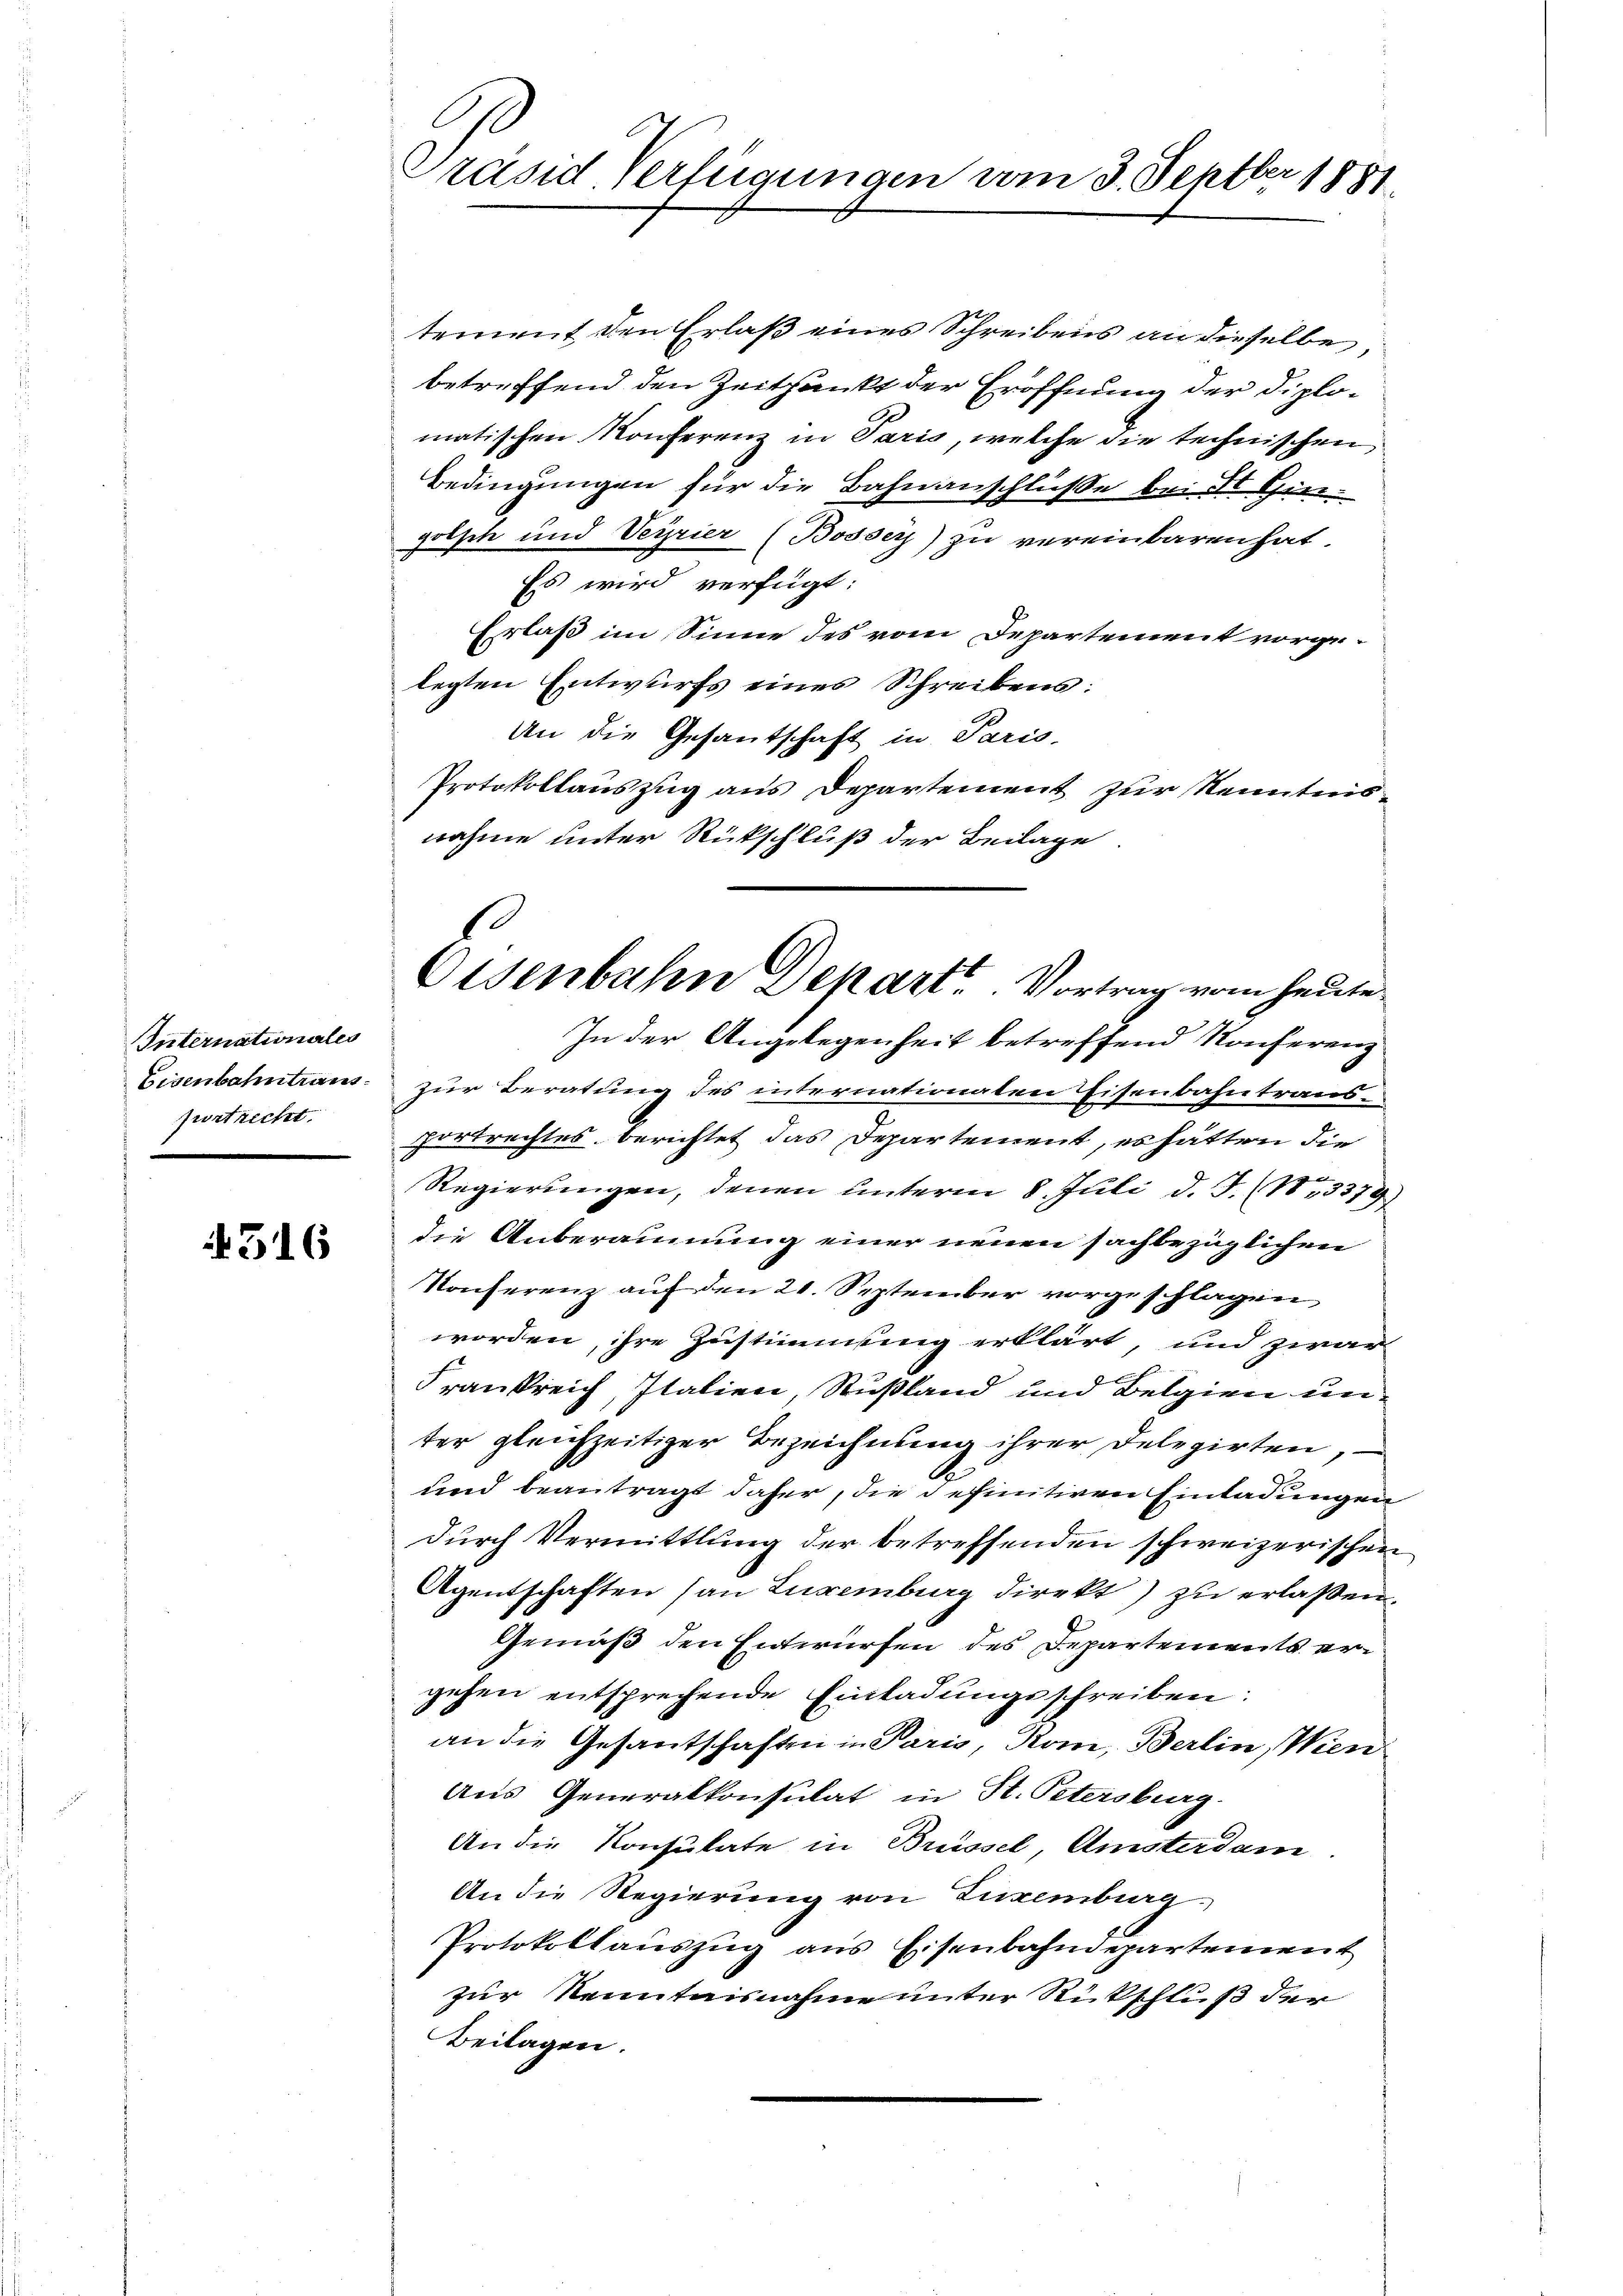
Internationales
Eisenbahn transfront recht

316

Präsid. Verfügungen vom 3. Septber 1881

tement den Erlaß eines Schreibens an dieselbe,
betreffend den Zeitpunkt der Eröffnung der Diplomatischen Konferenz in Paris, welche die technischen
Bedingungen für die Bahnanschlüße bei der Giegotsch und Veyrier (Bosser) zu vereinbaren hat
Es wird verfügt:
Erlaß im Sinne des vom Departement vorgelegten Entwurfs eines Schreibens:
An die Gesantschaft in Paris-
Protokollauszug aus Departement zur Kenntnisnahme unter Rückschluß der Beilage.
In der Angelegenheit betreffend Konferenz
zur Beratung des internationaten Eisenbahntrausportrechtes berichtet das Departement, es hatten die
Regierungen, denen unterm 8. Juli d. J. (13379
die Anberäumung einer neuen sachbezüglichen
Konferenz auf den 21. September vorgeschlagen,
worden, ihre Zustimmung erklärt, und zwar
Frankreich, Italien, Rußland und Belgien unter gleichzeitiger Bezeichnung ihrer Delegirten,
und beantragt daher, die definitiven Einladungen
durch Vermittlung der betreffenden schweizerischen
Agentschaften (an Luxenburg direkt) zu erlaßen.
Gemäß den Entwürfen des Departements ergehen entsprechende Einladungsschreiben:
an die Gesantschaften in Paris, Rom, Berlin, Wien
Aus Generalkonsulat in St. Petersburg
An die Konsulate in Brüssel, Amsterdam
An die Regierung von Luxenburg
Protokollaŭszŭg ans Eisenbahndepartement
zur Kenntnisnahme unter Rickschluß der
Beilagen.

Eisenbahn Depart. Vortrag vom heute